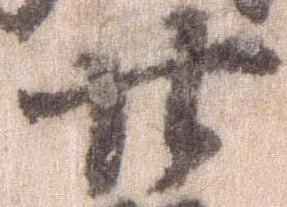
廿